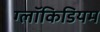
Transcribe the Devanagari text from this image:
ग्लॉकिडियम